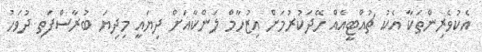
އެކުވެރިންތަކާ އެކު ޗުއްޓީއެއް ހޭދަކުރުމަށް އިޒުހާމް ލަންކާއަށް ދިޔައީ މިދިޔަ ބުރާސްފަތި ދުވަހު